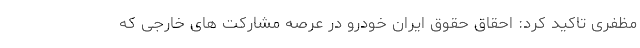
مظفری تاکید کرد: احقاق حقوق ایران خودرو در عرصه مشارکت های خارجی که